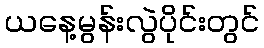
ယနေ့မွန်းလွဲပိုင်းတွင်